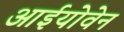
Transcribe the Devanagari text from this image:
आईयोवेन